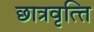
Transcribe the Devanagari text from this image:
छात्रवृत्‍ति